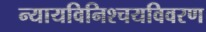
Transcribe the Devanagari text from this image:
न्यायविनिश्चयविवरण